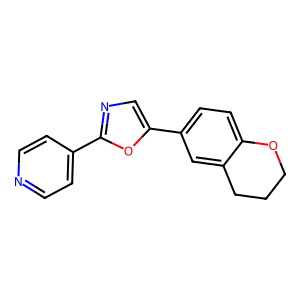
SMILES: c1cc(-c2ncc(-c3ccc4c(c3)CCCO4)o2)ccn1
Inhibits HIV replication: No